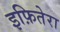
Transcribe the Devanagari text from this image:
इफ़ितेरा